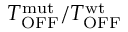
T _ { \mathrm { O F F } } ^ { \mathrm { m u t } } / T _ { \mathrm { O F F } } ^ { \mathrm { w t } }